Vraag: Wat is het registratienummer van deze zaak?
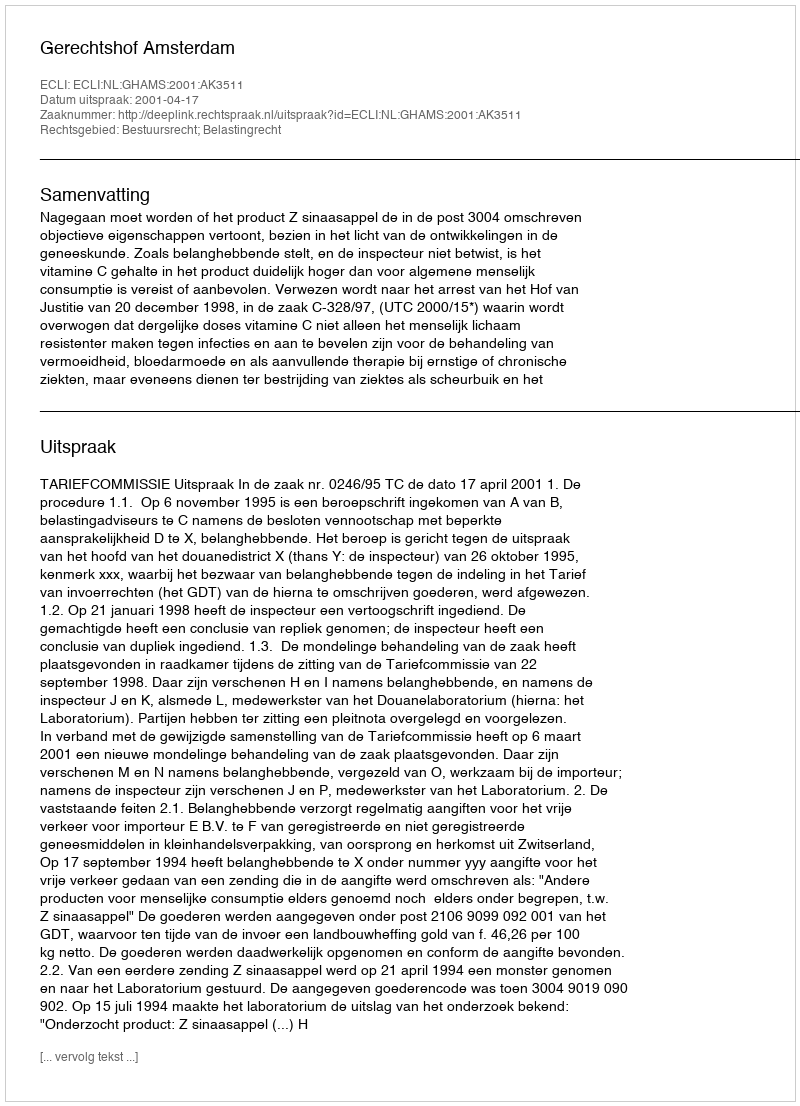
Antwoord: http://deeplink.rechtspraak.nl/uitspraak?id=ECLI:NL:GHAMS:2001:AK3511